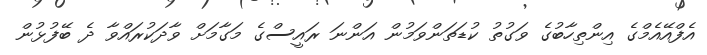
އެފްއޭއެމްގެ އިންތިހާބުގެ ވަގުތު ކުޑަތަންވަމުން އަންނަ ރައީސްގެ މަގާމަށް ވާދަކުރައްވާ ދެ ބޭފުޅުން